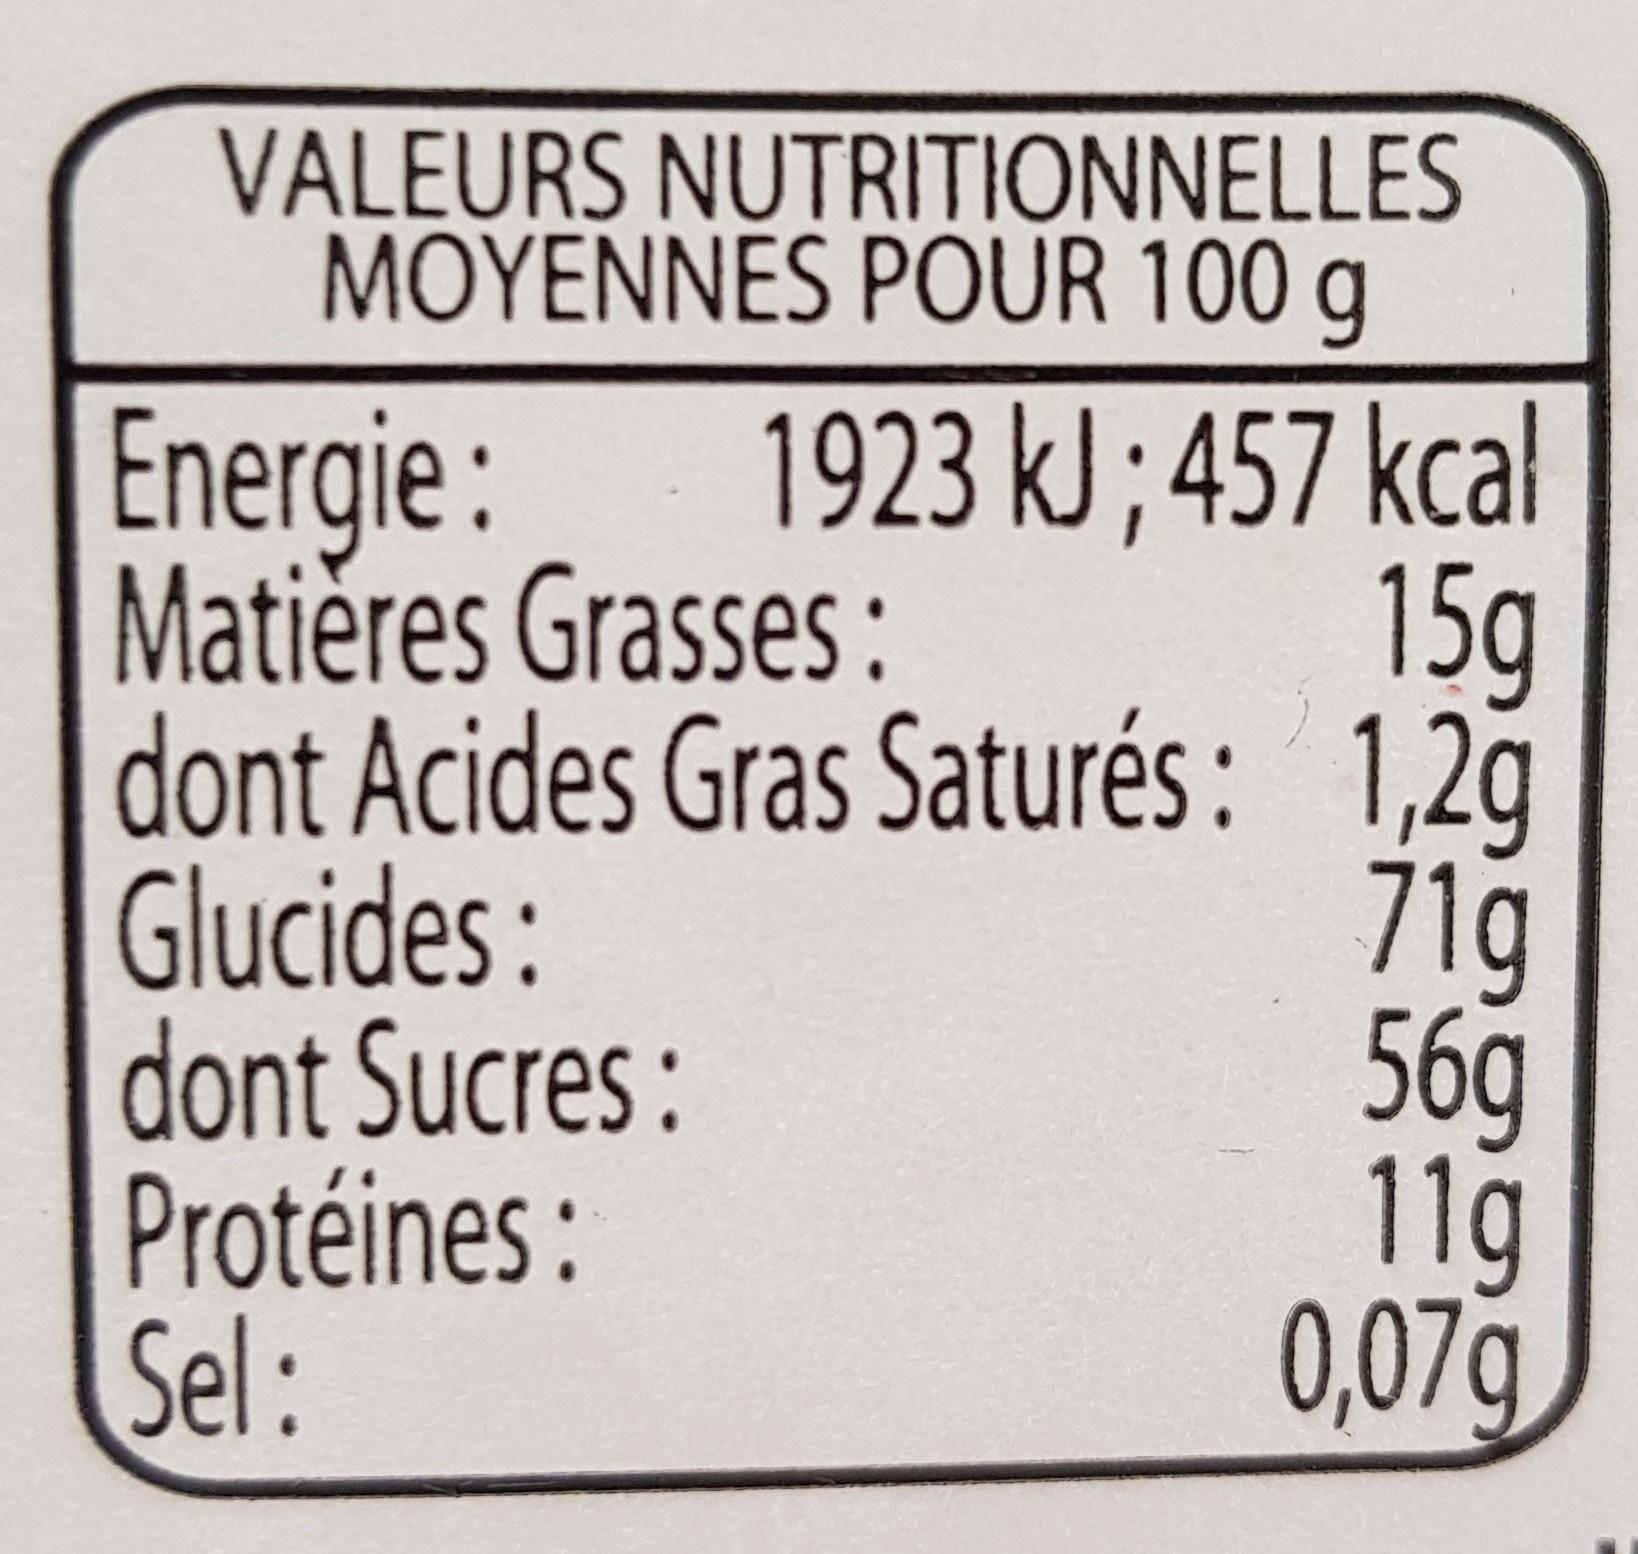
VALEURS NUTRITIONNELLES MOYENNES POUR 100 g
1923 kJ; 457 kcal 15g 1,2g
71g
Energie: Matières Grasses:
dont Acides Gras Saturés:
Glucides: dont Sucres :
Protéines: Sel:
56g
11g
0,07g